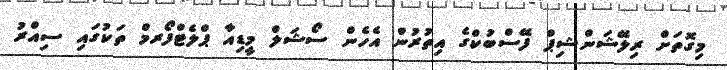
މިގޮތަށް ރިލޭޝަންޝިޕް ފޭސްބުކްގެ އިތުރުން އެހެން ސޯޝަލް މީޑިއާ ޕްލެޓްފޯރމް ތަކުގައި ސިއްރު